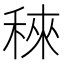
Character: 䅘